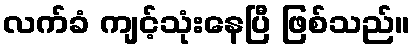
လက်ခံ ကျင့်သုံးနေပြီ ဖြစ်သည်။